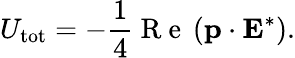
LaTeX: U_{\mathrm{tot}}=-\frac{1}{4}\mathrm{~R~e~}\left(\mathbf{p}\cdot\mathbf{E}^{*}\right).